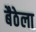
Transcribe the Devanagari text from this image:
बैठेला